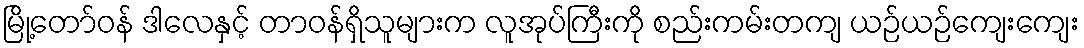
မြို့တော်ဝန် ဒါလေနှင့် တာဝန်ရှိသူများက လူအုပ်ကြီးကို စည်းကမ်းတကျ ယဉ်ယဉ်ကျေးကျေး